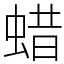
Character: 蜡